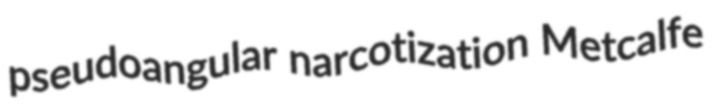
pseudoangular narcotization Metcalfe